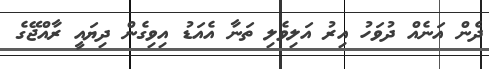
ދެން އަނެއް ދުވަހު އިރު އަލިވެލި ތަނާ އެއަޑު އިވިގެން ދިޔައީ ރާއްޖޭގެ